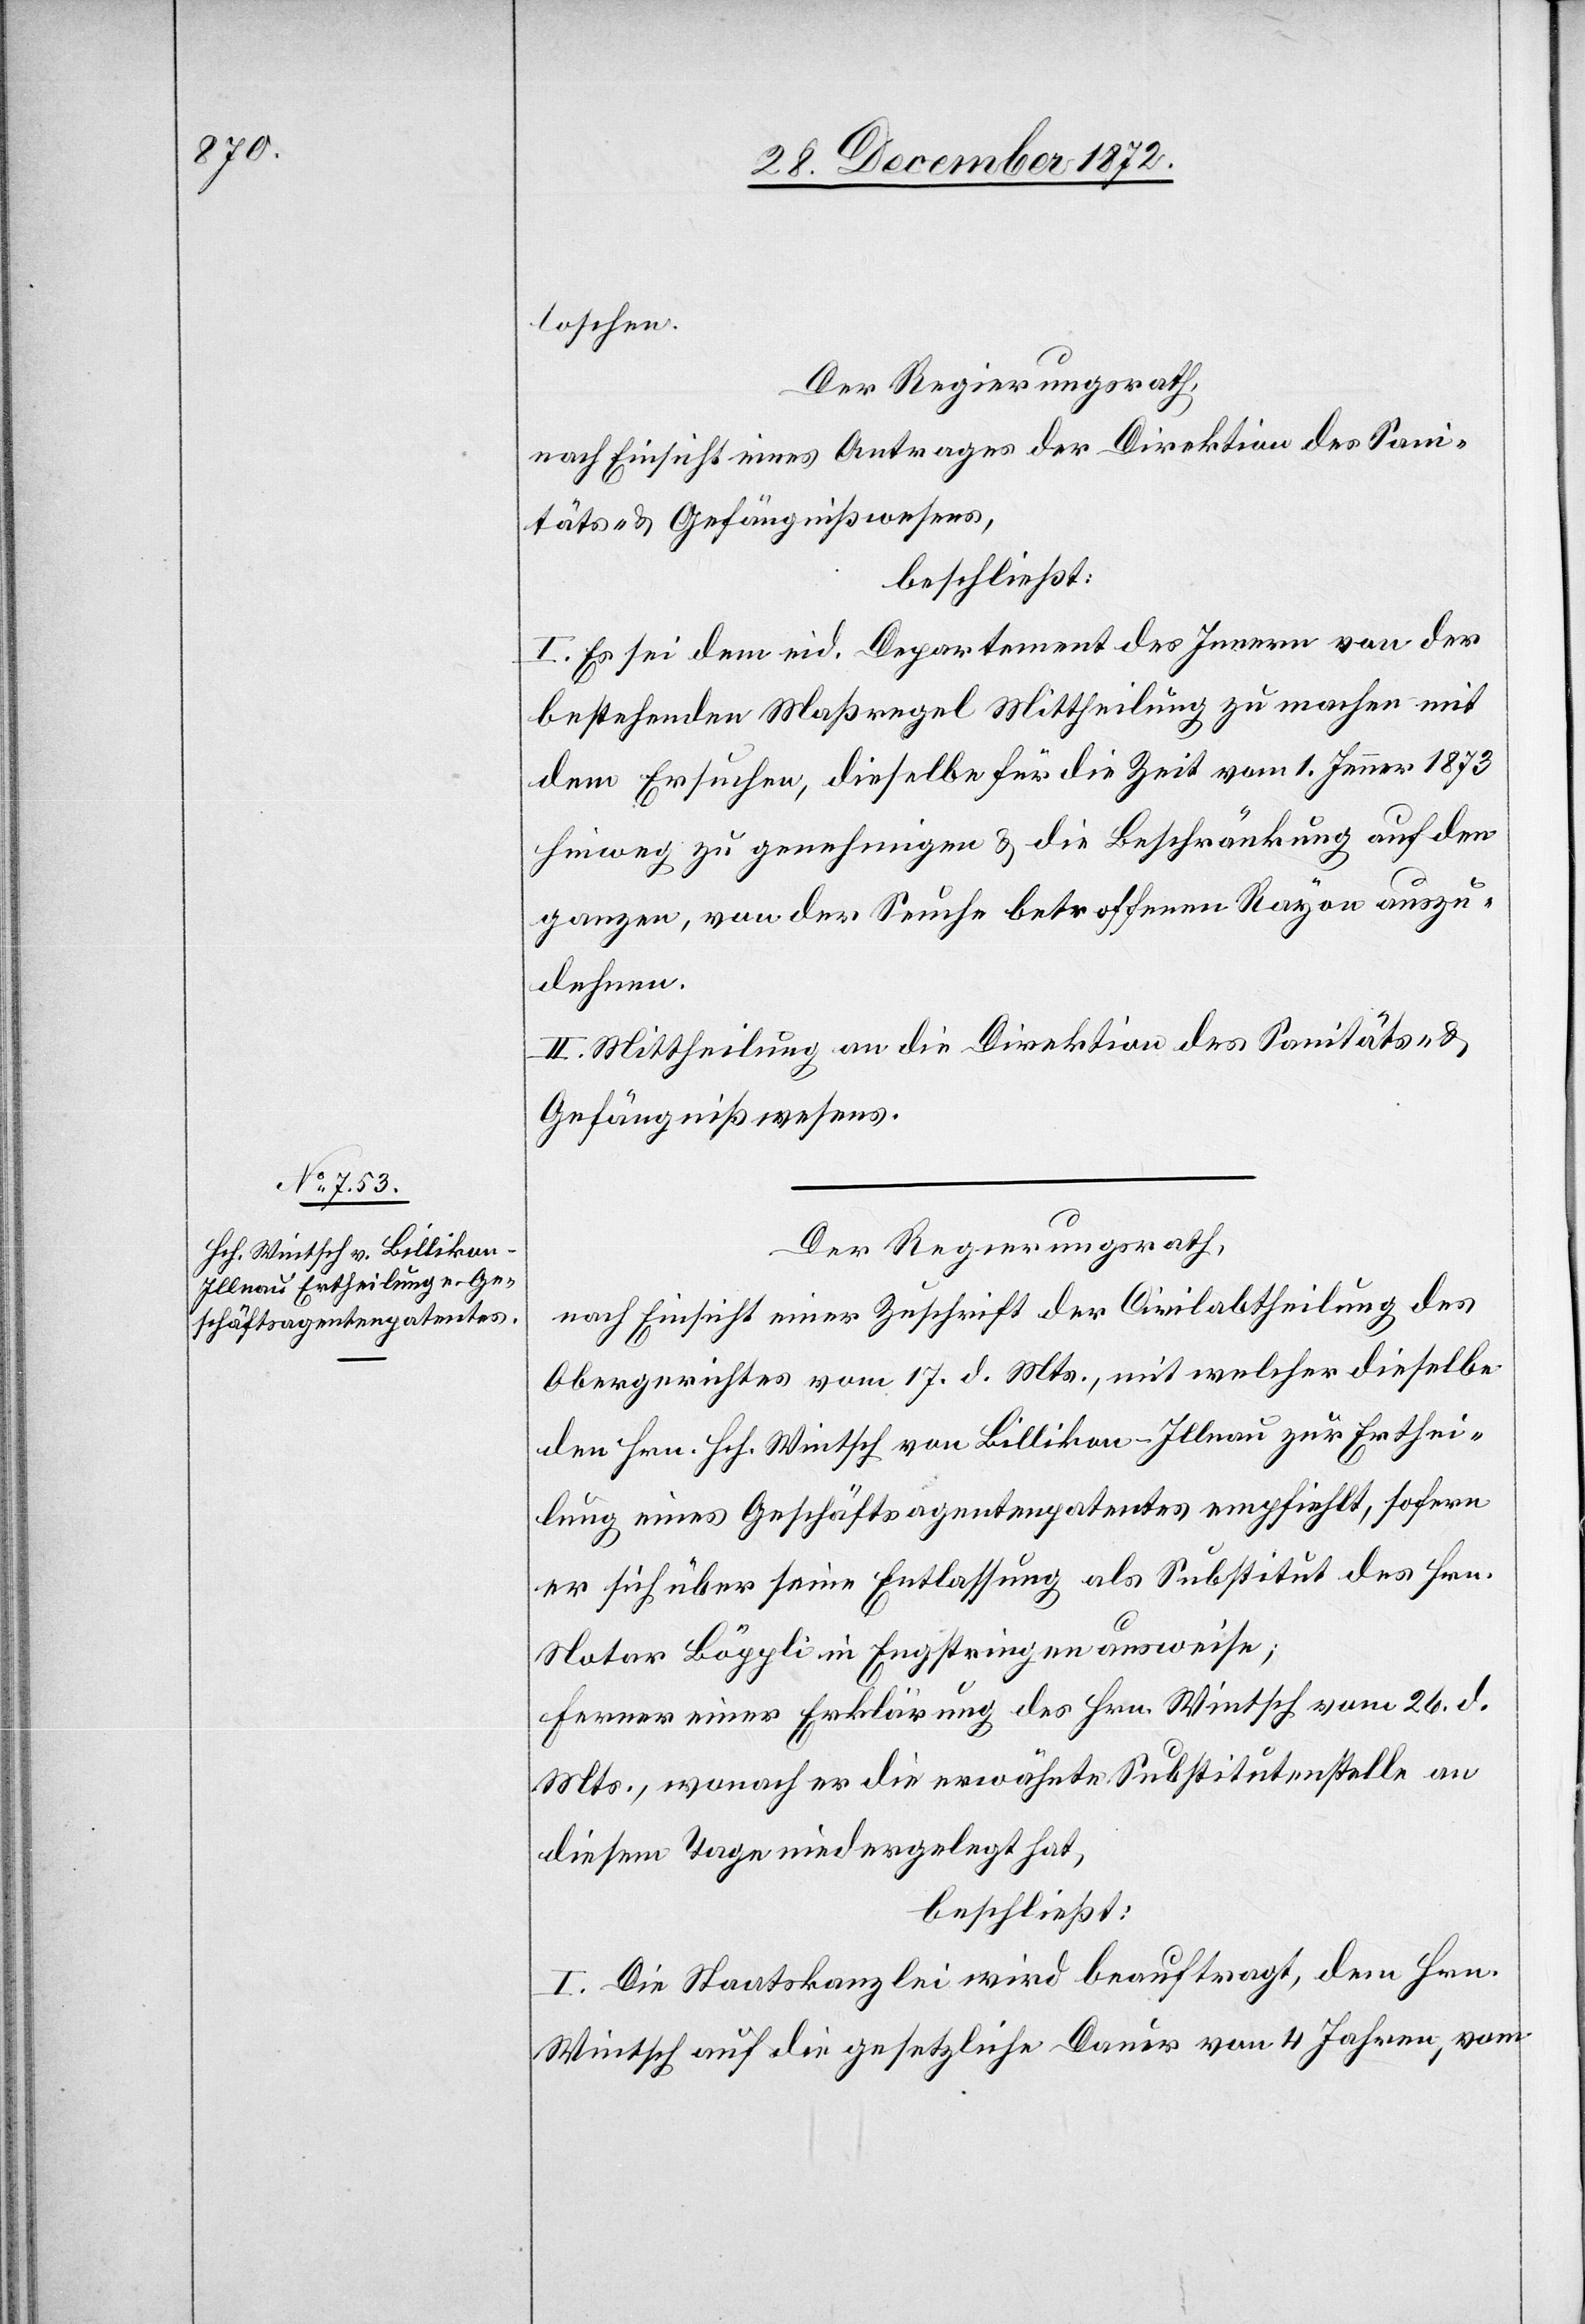
loschen.
Der Regierungsrath,
nach Einsicht eines Antrages der Direktion des Sani¬
täts- u. Gefängnißwesens,
beschließt:
I. Es sei dem eid. Departement des Innern von der
bestehenden Maßregel Mittheilung zu machen mit
dem Ersuchen, dieselbe für die Zeit vom 1. Jenner 1873
hinweg zu genehmigten u. die Beschränkung auf den
ganzen, von der Seuche betroffenen Rayon auszu¬
dehnen.
II. Mittheilung an die Direktion des Sanitäts- u.
Gefängnißwesens.
Der Regierungsrath,
nach Einsicht einer Zuschrift der Civilabtheilung des
Obergerichtes vom 17. d. Mts., mit welcher dieselbe
den Hrn. Hch. Wintsch von Billikon-Illnau zur Erthei¬
lung eines Geschäftsagentenpatentes empfiehlt, sofern
er sich über seine Entlassung als Substitut des Hrn.
Notar Böppli in Engstringen ausweise;
Ferner einer Erklärung des Hrn. Wintsch vom 26. d.
Mts., wonach er die erwähnte Substitutenstelle an
diesem Tage niedergelegt hat,
beschließt:
I. Die Staatskanzlei wird beauftragt, dem Hrn.
Wintsch auf die gesetzliche Dauer von 4 Jahren, vom